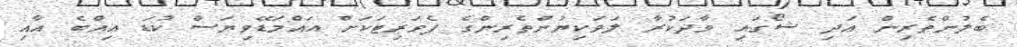
ބެލުންތެރިން އަދި ޝޯގައި ވާދަކުރާ ލަވަކިޔުންތެރިންގެ ފެވަރިޓަކަށް އައްމަޑޭވިޔަސް ކުޑަ އިއްބެ އާއި